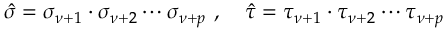
\hat { \sigma } = \sigma _ { \nu + 1 } \cdot \sigma _ { \nu + 2 } \cdots \sigma _ { \nu + p } \ , \quad \hat { \tau } = \tau _ { \nu + 1 } \cdot \tau _ { \nu + 2 } \cdots \tau _ { \nu + p }